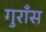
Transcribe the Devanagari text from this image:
गुराँस